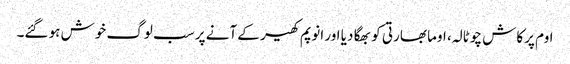
اوم پرکاش چوٹالہ، اوما بھارتی کو بھگا دیا اور انوپم کھیر کے آنے پر سب لوگ خوش ہو گئے۔